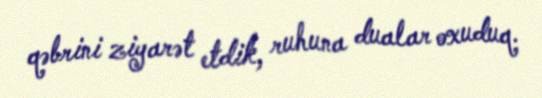
qəbrini ziyarət etdik, ruhuna dualar oxuduq.